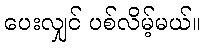
ပေးလျှင် ပစ်လိမ့်မယ်။